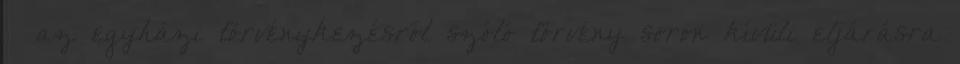
– az egyházi törvénykezésről szóló törvény soron kívüli eljárásra